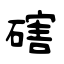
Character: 磍